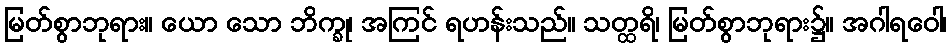
မြတ်စွာဘုရား။ ယော သော ဘိက္ခု၊ အကြင် ရဟန်းသည်။ သတ္ထရိ၊ မြတ်စွာဘုရား၌။ အဂါရဝေါ၊